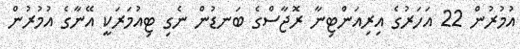
އުމުރުން 22 އަހަރުގެ އިރިއަންޓިނާ ރޮޖާސްގެ ބަނޑުން ނެގި ޓިއުމަރަކީ އޭނާގެ އުމުރުން